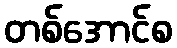
တစ်အောင်စ